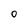
Character: 0